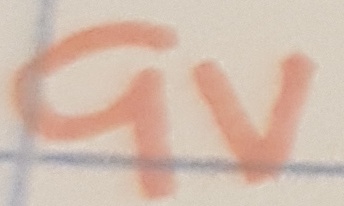
Text: 9V